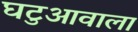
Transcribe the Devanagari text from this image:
घटुआवाला